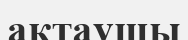
актаушы